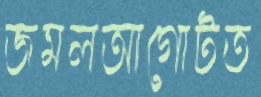
জমলআগোটত